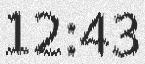
12:43